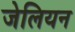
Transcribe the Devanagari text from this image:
जेलियन